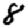
Digit: 8